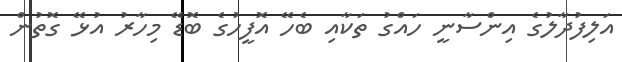
އަލިފުދާލުގެ އިންސާނީ ހައްގު ތަކާއި ބެހޭ އޮފީހުގެ ބޮޑޭ މިހާރު އުޅޭ ގޮތުން